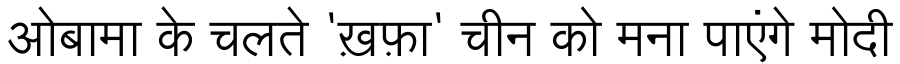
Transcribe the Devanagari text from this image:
ओबामा के चलते 'ख़फ़ा' चीन को मना पाएंगे मोदी